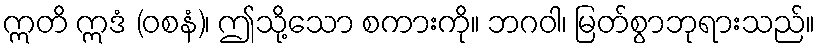
ဣတိ ဣဒံ (ဝစနံ)၊ ဤသို့သော စကားကို။ ဘဂဝါ၊ မြတ်စွာဘုရားသည်။